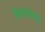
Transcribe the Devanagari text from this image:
किटकप्रकार